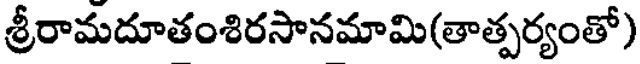
శ్రీరామదూతంశిరసానమామి(తాత్పర్యంతో)